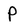
Character: P